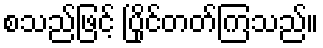
စသည်ဖြင့် ပြိုင်တတ်ကြသည်။